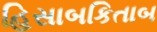
હિસાબકિતાબ